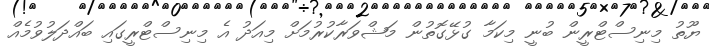
ޔޫތު މިނިސްޓްރީން ބުނީ މިކަމާ ގުޅޭގޮތުން މަޝްވަރާކުރުމަށް މިއަދު އެ މިނިސްޓްރީގައި ބައްދަލުވުމެއް